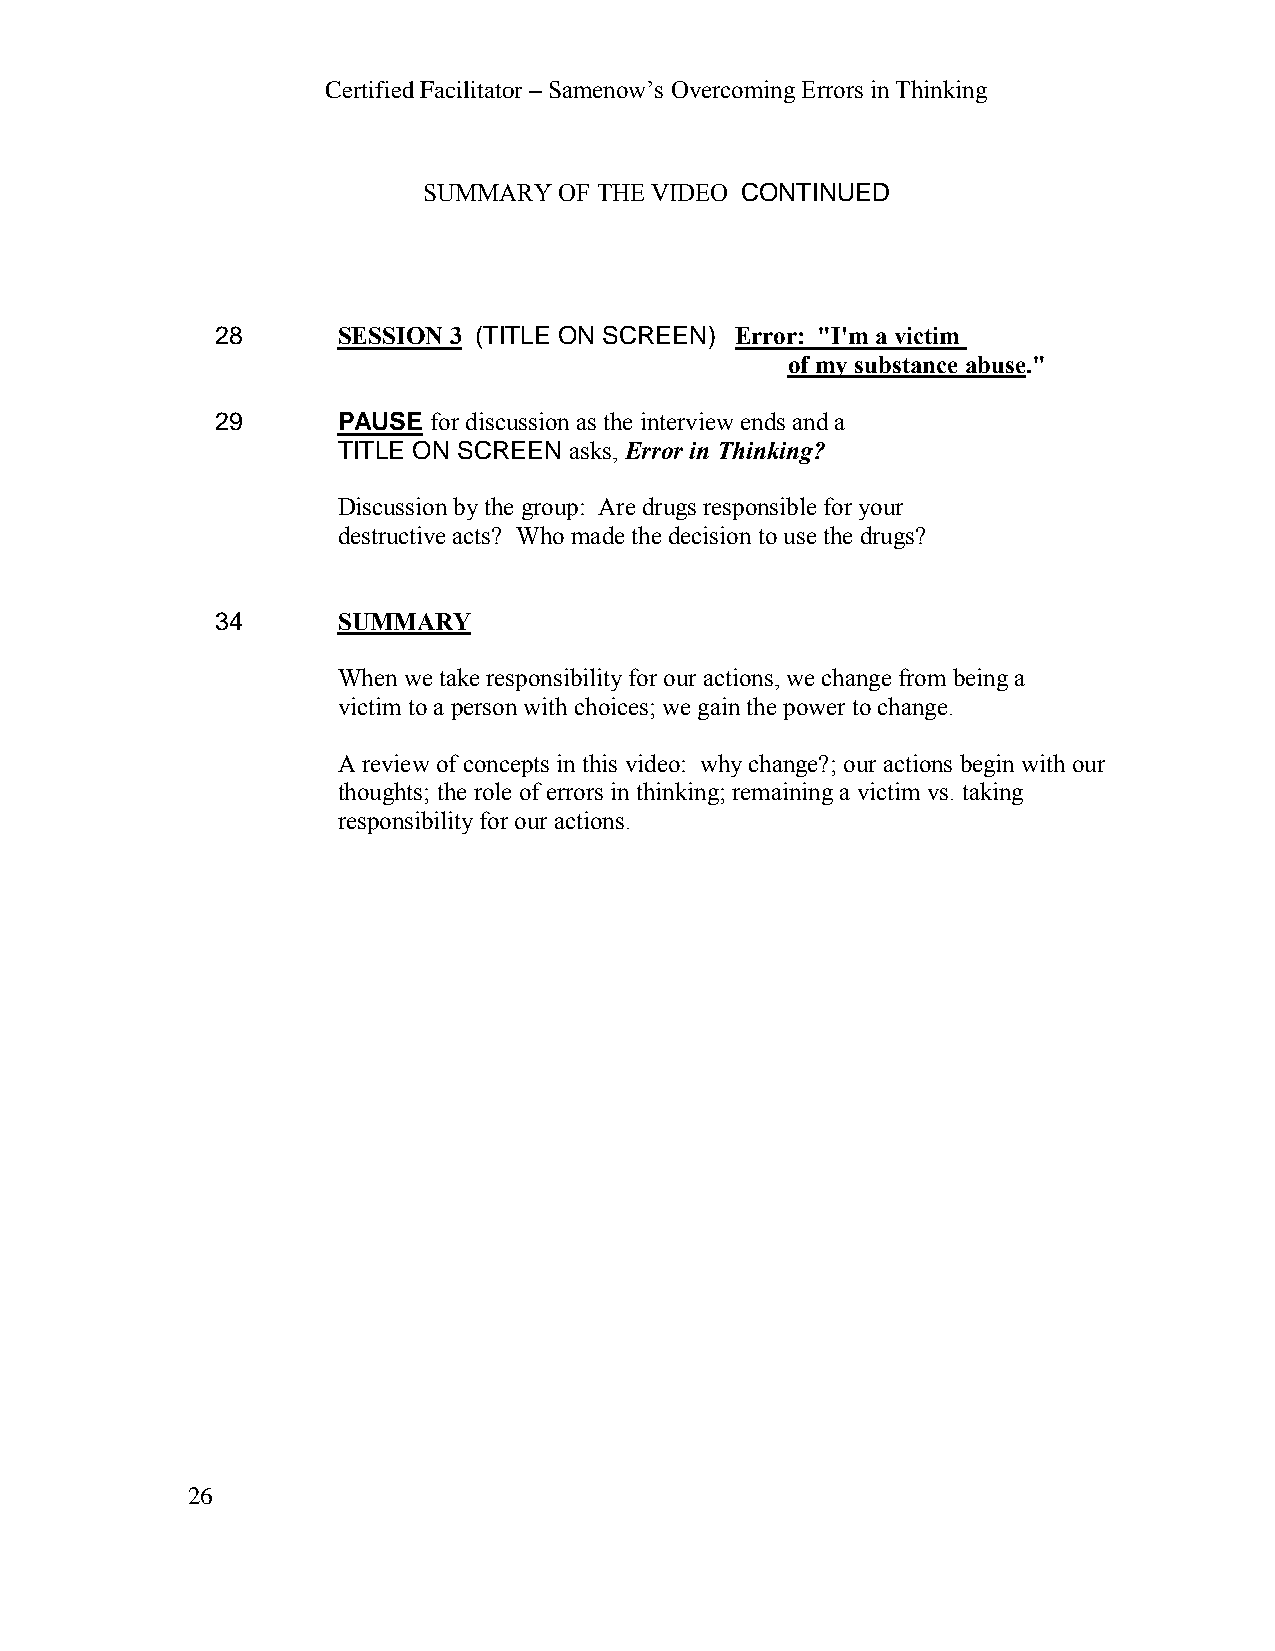
Certified Facilitator – Samenow’s Overcoming Errors in Thinking
 SUMMARY  OF THE VIDEO CONTINUED
 28      SESSION 3 (TITLE ON SCREEN) Error: "I'm a victim
 of my substance abuse."
 29      PAUSE for discussion as the interview ends and a
 TITLE ON SCREEN asks, Error in Thinking?
 Discussion by the group: Are drugs responsible for your
 destructive acts? Who made the decision to use the drugs?
 34      SUMMARY
 When we take responsibility for our actions, we change from being a
 victim to a person with choices; we gain the power to change.
 A review of concepts in this video: why change?; our actions begin with our
 thoughts; the role of errors in thinking; remaining a victim vs. taking
 responsibility for our actions.
 26